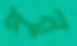
পুন